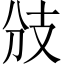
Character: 𢺹